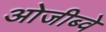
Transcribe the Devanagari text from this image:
ओजीब्वे